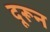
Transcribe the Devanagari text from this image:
दूरून